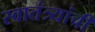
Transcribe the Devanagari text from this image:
स्वातंत्र्यांची